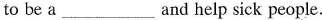
to be a___ and help sick people.